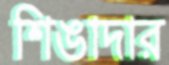
শিঙাদার